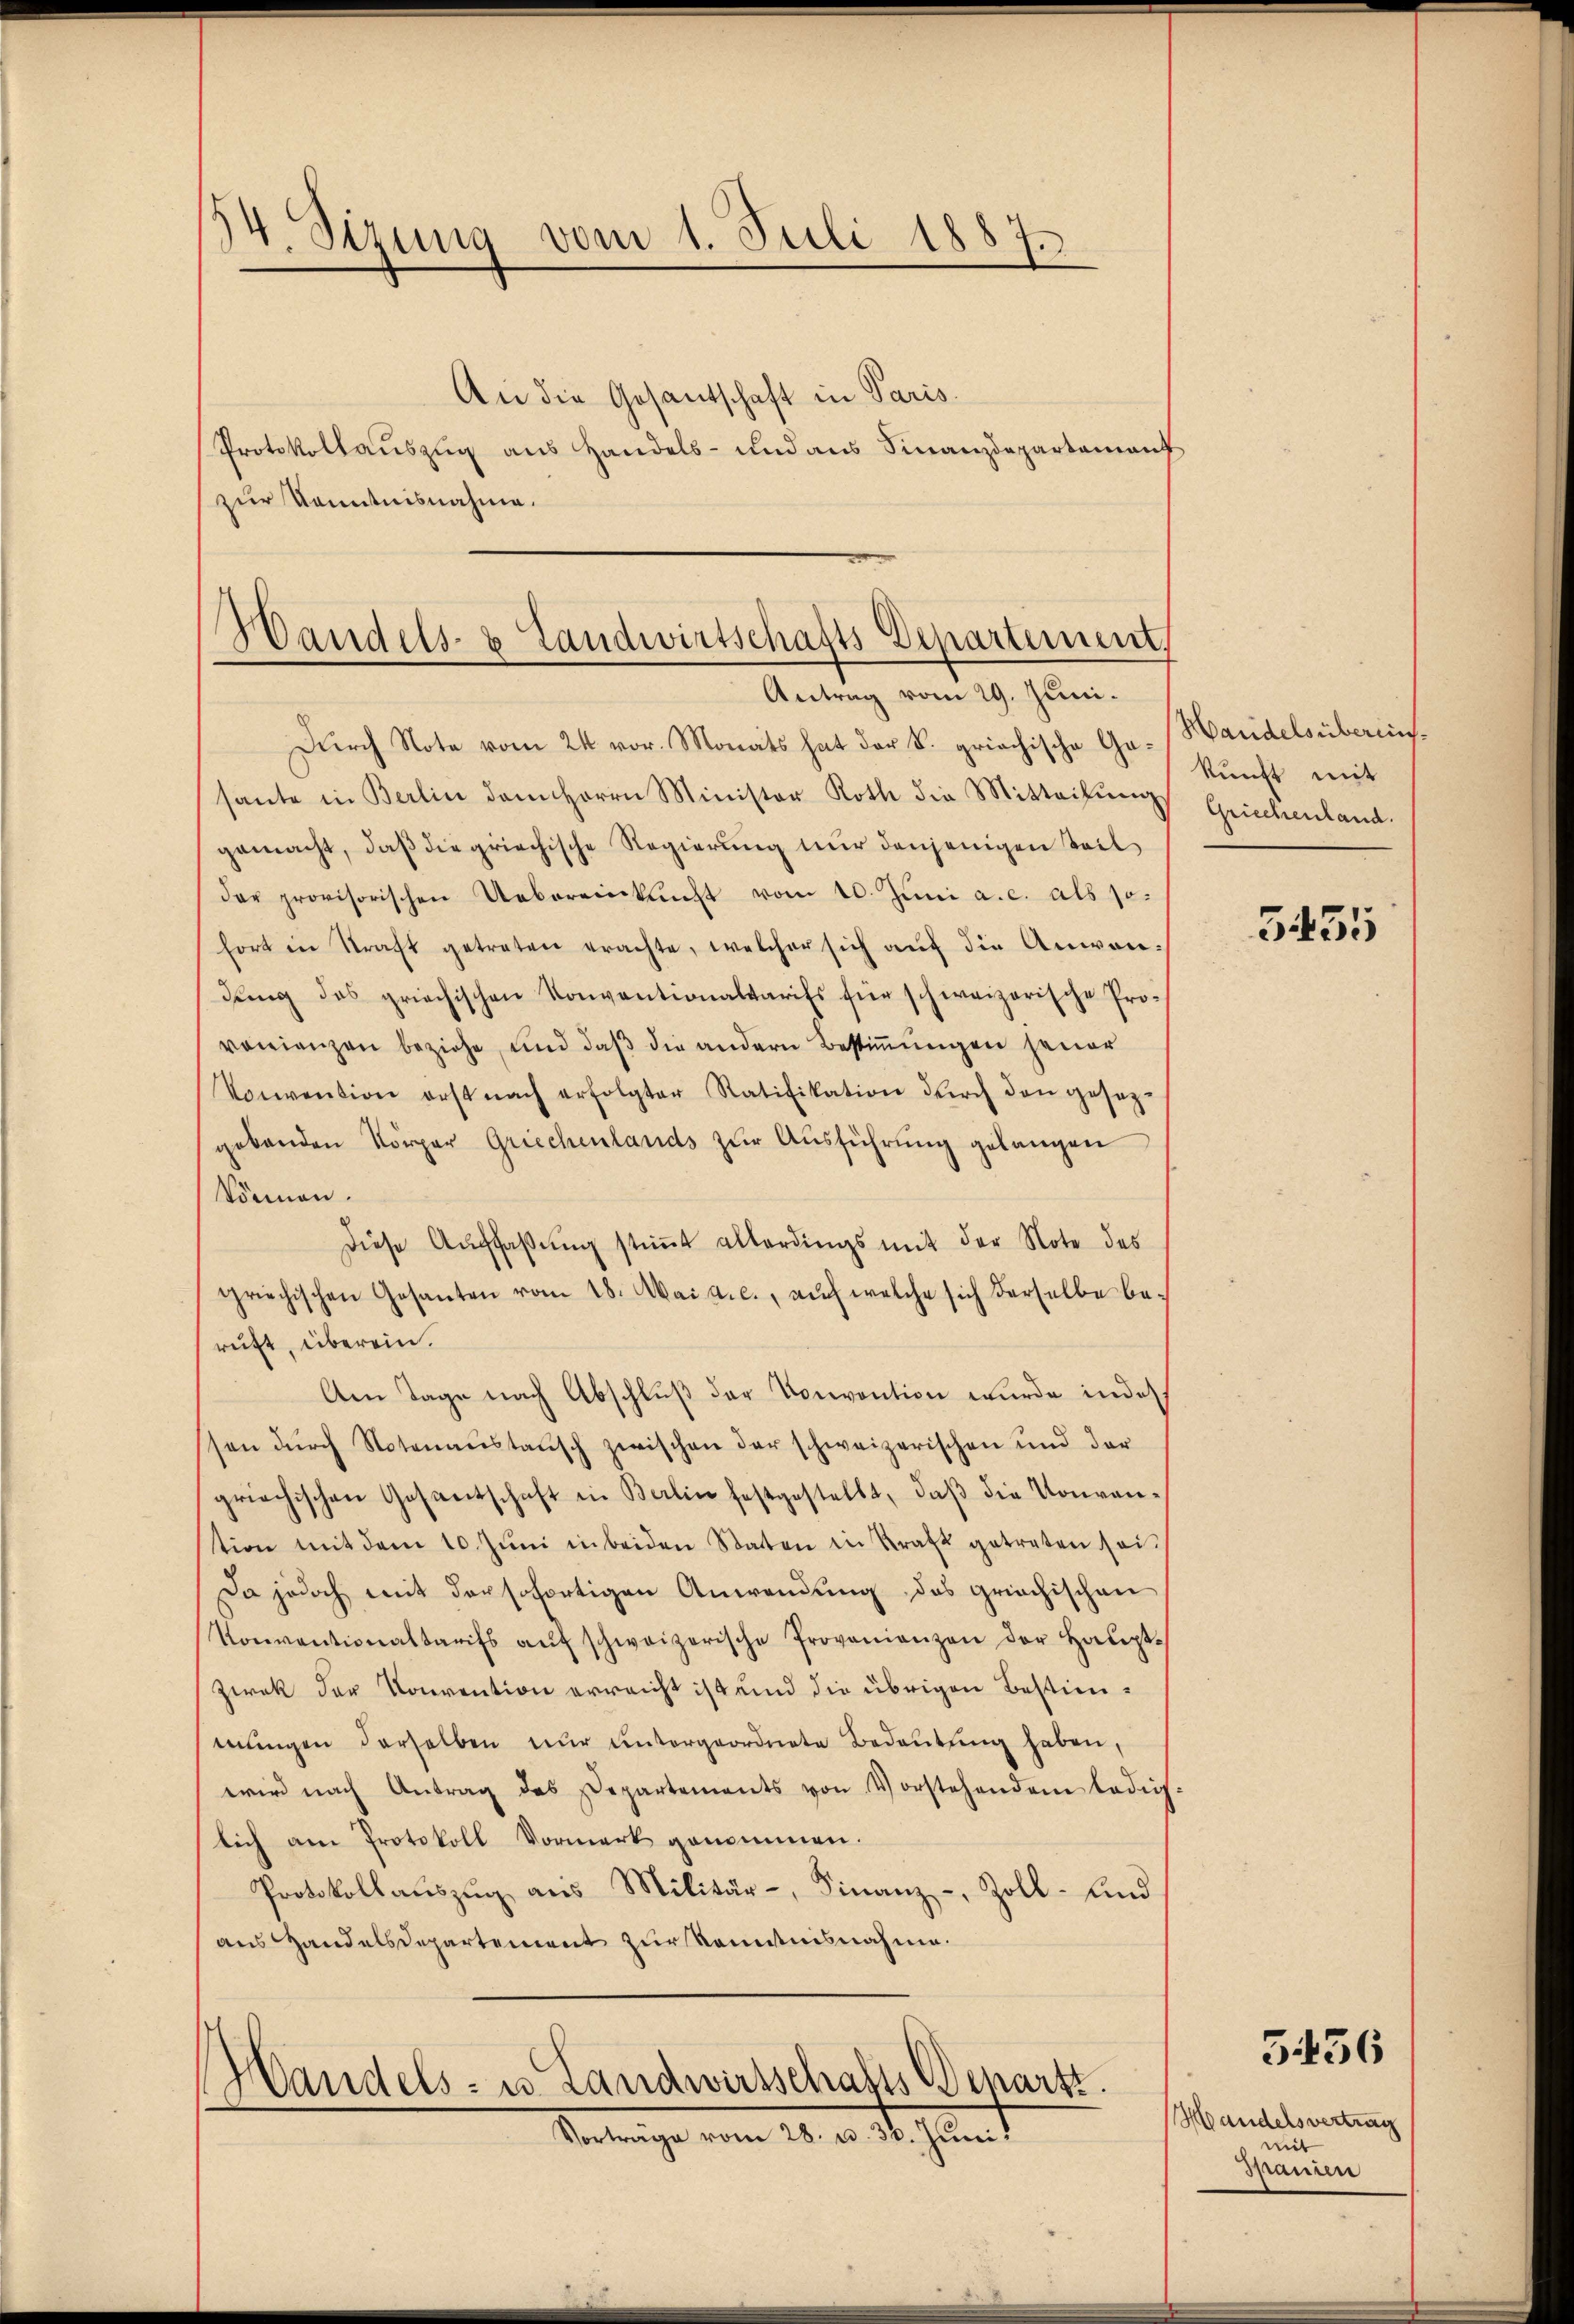
34. Sizung vom 1. Juli 1887

An die Gesantschaft in Paris.
Protokollauszug aus Handels- und aus Finanzdepartamant
zur Kenntnisnahme.

Gandels- & Landwirtschafts Departement,
Antrag vom 29. Juni.

Dŭrch Note vom 24. vor. Monats hat der k. griechische Ga-Handelsübereinssante in Berlin dem Herrn Minister Roth die Mitteilŭng
gemacht, daß die griechische Regierung nur denjenigen Teil
der provisorischen Uebereinkunft vom 10. Juni a.c. als so:
fort in Straft getreten erachte, welcher sich aŭf die Anwendŭng des griechischen Konventionaltarifs für schweizerische Provonienzen beziehe, und daß die andern Bestimungen jener
Konvention erst nach erfolgter Ratifikation dŭrch den gesez-
gebenden Körper Griechenlands zŭr Aŭsführŭng gelangen
können.
Diese Auffassŭng stimmt allerdings mit der Note des
griechischen Gesanten vom 18. Mai a. c., auf welche sich derselbe beruft, überein.
Am Tage nach Abschluß der Convention wurde indes
ssen dŭrch Notenaustausch zwischen der schweizerischen und der
griechischen Gesantschaft in Berlin festgestellt, daβ die Konvention mit dem 10. Jŭni in beiden Statten in Kraft getreten sei.
Da jedoch mit der sofortigen Anwendung des griechischen
Konventionaltarifs aŭf schweizerische Provenienzen der Haupt-
Zwek der Konvention erreicht ist und die übrigen Bestimmungen derselben nur untergeordnete Bedeutung haben,
wird nach Antrag des Departements von Vorstehendem ledig-
lich am Protokoll Vormerk genommen.
Protokollaŭszŭg aŭs Militär-, Finanz-, Zoll- und
aus Handelsdepartement zur Kenntnisnahme.

s
Handels- u Landwirtschafts Benartz
Vereinige vom 20. d. 4. Juni 1

kunft mit
Griechenland.

5455

Handelsvertrag
mit
Manien

5436